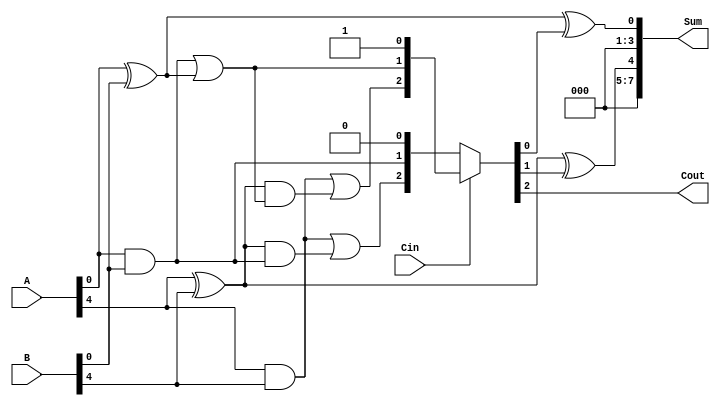
module CCSA #(parameter N = 8, parameter K = 4) (
    input  [N-1:0] A,       // First input
    input  [N-1:0] B,       // Second input
    input  Cin,             // Carry-in
    output [N-1:0] Sum,     // Sum output
    output Cout             // Carry-out
);

localparam M = N / K;  // Number of segments

// Generate and propagate signals
wire [M-1:0] G [K-1:0]; // Generate signals for each segment
wire [M-1:0] P [K-1:0]; // Propagate signals for each segment

genvar i, j;
generate
    for (i = 0; i < M; i = i + 1) begin : SEGMENTS
        for (j = 0; j < K; j = j + 1) begin : BITS
            assign G[i][j] = A[i*K+j] & B[i*K+j]; // Generate
            assign P[i][j] = A[i*K+j] ^ B[i*K+j]; // Propagate
        end
    end
endgenerate

// Carry calculation for both cases (Cin = 0 and Cin = 1)
wire [M:0] C0; // Carry when Cin = 0
wire [M:0] C1; // Carry when Cin = 1

assign C0[0] = 0; // Initial carry
assign C1[0] = 1; // Initial carry when Cin = 1

generate
    for (i = 0; i < M; i = i + 1) begin : CARRY_CALC
        assign C0[i+1] = G[i][0] | (P[i][0] & C0[i]);
        assign C1[i+1] = G[i][0] | (P[i][0] & C1[i]);
    end
endgenerate

// Select the carry based on Cin
wire [M:0] C_selected;
assign C_selected = Cin ? C1 : C0;

// Sum calculation
generate
    for (i = 0; i < M; i = i + 1) begin : SUM_CALC
        assign Sum[i*K +: K] = P[i][0] ^ C_selected[i]; // Sum for the segment
    end
endgenerate

// Carry-out of the last segment
assign Cout = C_selected[M];

endmodule